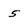
Character: 5